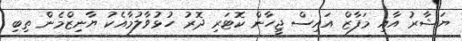
ޔަޝާރު އާއި މަފާޒް އައިސް ޖީހާން ކޮޓަރި ދޮރު ހުޅުވާލުމާއެކު ޔާނިޒްމެން ތިބި